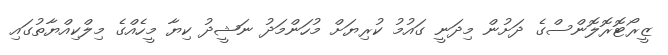
ޒީރޯޓޮރޮލޮންސްގެ ދަށުން މިދަނީ ގައުމު ކުރިޔަށް މުހަންމަދު ނަޝީދު ކިޔާ މީހެއްގެ މިލްކިއްޔާތުގައި